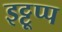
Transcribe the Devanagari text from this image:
इट्टूप्प